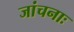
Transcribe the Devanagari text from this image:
जांचनाः